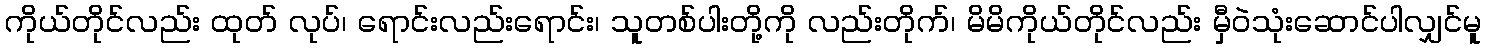
ကိုယ်တိုင်လည်း ထုတ် လုပ်၊ ရောင်းလည်းရောင်း၊ သူတစ်ပါးတို့ကို လည်းတိုက်၊ မိမိကိုယ်တိုင်လည်း မှီဝဲသုံးဆောင်ပါလျှင်မူ